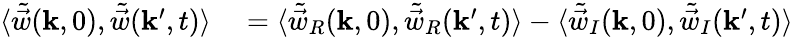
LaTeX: \begin{array}{rl}{\langle\tilde{\vec{w}}(\mathbf{k},0),\tilde{\vec{w}}(\mathbf{k}^{\prime},t)\rangle}&{{}=\langle\tilde{\vec{w}}_{R}(\mathbf{k},0),\tilde{\vec{w}}_{R}(\mathbf{k}^{\prime},t)\rangle-\langle\tilde{\vec{w}}_{I}(\mathbf{k},0),\tilde{\vec{w}}_{I}(\mathbf{k}^{\prime},t)\rangle}\end{array}